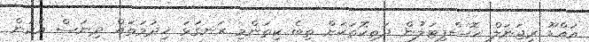
އައްޑޫ ރީޖަނަލް ހޮސްޕިޓަލުން ދަތިކޮތަކަށް ތިބެ ކިތަންމި ރަނގަޅަ ޚިދުމަތައް ދިނަސް އެކަން